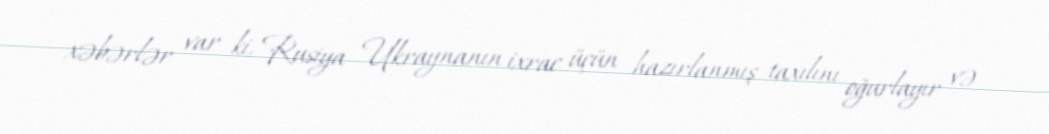
xəbərlər var ki, Rusiya Ukraynanın ixrac üçün hazırlanmış taxılını oğurlayır və